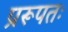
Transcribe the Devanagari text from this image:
प्ररूपतः